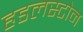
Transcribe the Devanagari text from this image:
हडलस्टोन